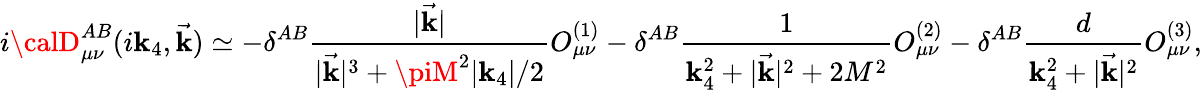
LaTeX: i{\calD}_{\mu\nu}^{AB}(i\mathbf{k}_{4},\vec{{\mathbf{k}}})\simeq-\delta^{AB}\frac{{|\vec{{\mathbf{k}}}|}}{{|\vec{{\mathbf{k}}}|^{3}+\piM^{2}|\mathbf{k}_{4}|/2}}O_{\mu\nu}^{(1)}-\delta^{AB}\frac{{1}}{{\mathbf{k}_{4}^{2}+|\vec{{\mathbf{k}}}|^{2}+2M^{2}}}O_{\mu\nu}^{(2)}-\delta^{AB}\frac{{d}}{{\mathbf{k}_{4}^{2}+|\vec{{\mathbf{k}}}|^{2}}}O_{\mu\nu}^{(3)},